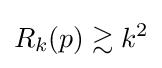
R_{k}(p)\gtrsim k^{2}